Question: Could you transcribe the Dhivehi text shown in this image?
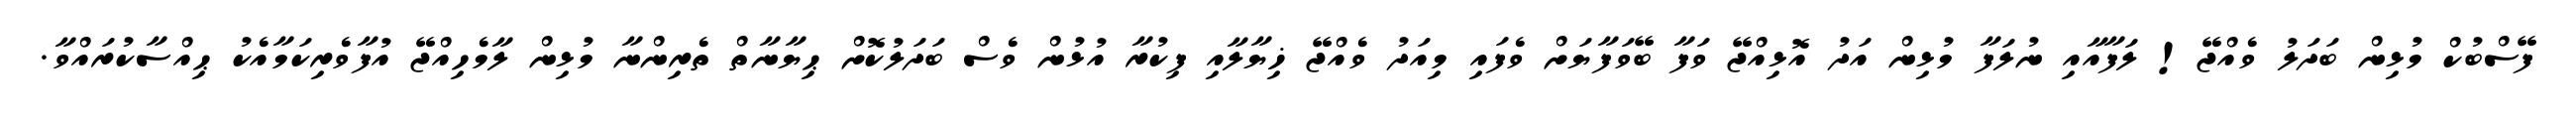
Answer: ފޭސްބުކް މުޅިން ބަދަލު ވެއްޖޭ! ލަފާއާއި ނުލަފާ މުޅިން އަދު އޮޅިއްޖޭ ވަފާ ބޭވަފާޔަށް ވެފައި މިއަދު ވެއްޖޭ ޚިޔާލާއި ފިކުރާ އުޅުން ވެސް ބަދަލުކޮށް ޙިޔާނާތް ތެރިންނާ މުޅިން ލާމެހިއްޖޭ އުފާވެރިކަމާއެކު ޙިއްސާކުރައްވާ.